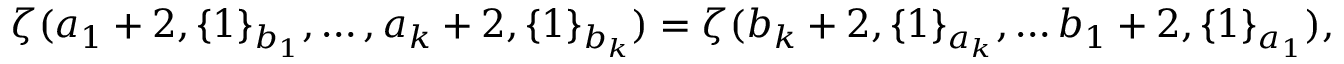
\zeta ( a _ { 1 } + 2 , \{ 1 \} _ { b _ { 1 } } , \dots , a _ { k } + 2 , \{ 1 \} _ { b _ { k } } ) = \zeta ( b _ { k } + 2 , \{ 1 \} _ { a _ { k } } , \dots b _ { 1 } + 2 , \{ 1 \} _ { a _ { 1 } } ) ,